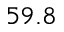
5 9 . 8